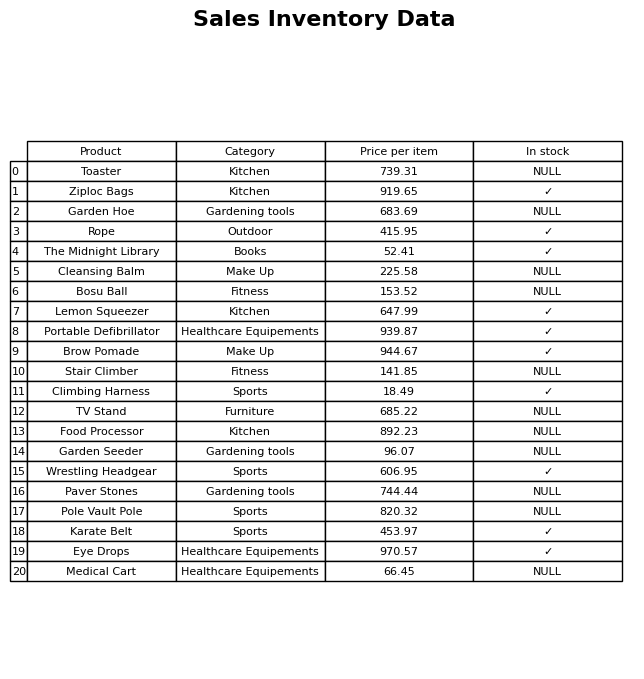
question: Is the Food Processor in stock?
answer: NULL